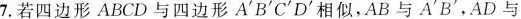
7.若四边形 ABCD 与四边形 A'B'C'D'相似,AB 与 A'B',AD 与